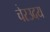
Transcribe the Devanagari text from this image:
चेरउदय